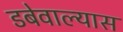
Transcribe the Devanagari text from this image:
डबेवाल्यास